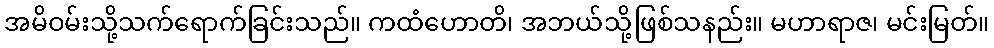
အမိဝမ်းသို့သက်ရောက်ခြင်းသည်။ ကထံဟောတိ၊ အဘယ်သို့ဖြစ်သနည်း။ မဟာရာဇ၊ မင်းမြတ်။